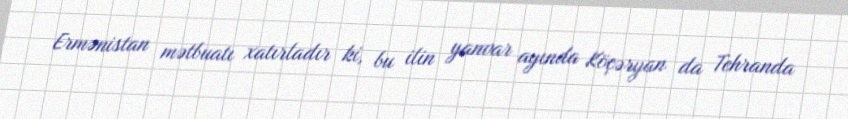
Ermənistan mətbuatı xatırladır ki, bu ilin yanvar ayında Köçəryan da Tehranda